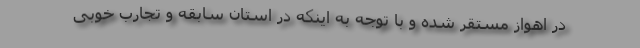
در اهواز مستقر شده و با توجه به اینکه در استان سابقه و تجارب خوبی